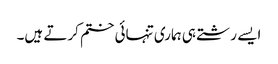
ایسے رشتے ہی ہماری تنہائی ختم کرتے ہیں۔